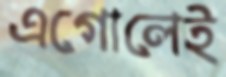
এগোলেই